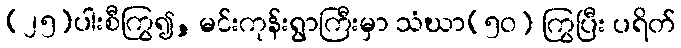
(၂၅)ပါးစီကြွ၍, မင်းကုန်းရွာကြီးမှာ သံဃာ(၅၀) ကြွပြီး ပရိတ်